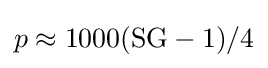
p\approx 1000({\text{SG}}-1)/4